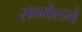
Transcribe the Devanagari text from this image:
सम्मेलनें